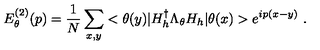
E _ { \theta } ^ { ( 2 ) } ( p ) = \frac { 1 } { N } \sum _ { x , y } < \theta ( y ) | H _ { h } ^ { \dag } \Lambda _ { \theta } H _ { h } | \theta ( x ) > e ^ { i p ( x - y ) } \ .